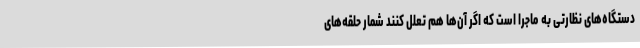
دستگاه‌های نظارتی به ماجرا است که اگر آن‌ها هم تعلل کنند شمار حلقه‌های